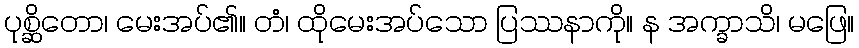
ပုစ္ဆိတော၊ မေးအပ်၏။ တံ၊ ထိုမေးအပ်သော ပြဿနာကို။ န အက္ခာသိ၊ မဖြေ။